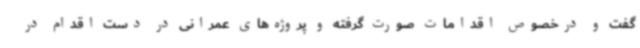
گفت و درخصوص اقدامات صورت گرفته و پروژه‌های عمرانی در دست اقدام در